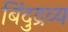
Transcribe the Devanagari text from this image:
बिंदुद्रव्य